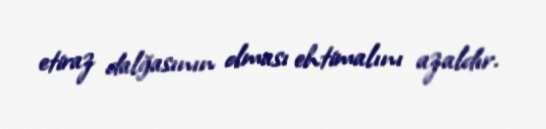
etiraz dalğasının olması ehtimalını azaldır.